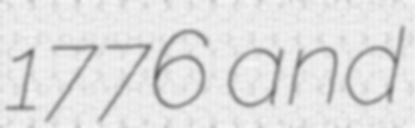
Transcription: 1776 and